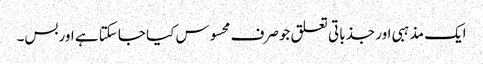
ایک مذہبی اور جذباتی تعلق جوصرف محسوس کیا جاسکتا ہے اوربس۔